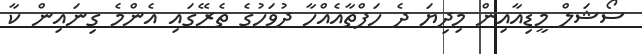
ސޯޝަލް މީޑިއާއިން މިދިޔަ ދެ ހަފްތާއެއްހާ ދުވަހުގެ ތެރޭގައި އެންމެ ގިނައިން ކާ